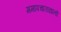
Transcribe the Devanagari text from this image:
ममापचाराद्यातो